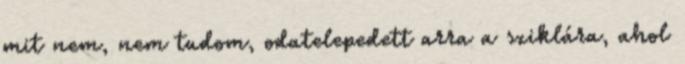
mit nem, nem tudom, odatelepedett arra a sziklára, ahol